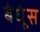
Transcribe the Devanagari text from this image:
बंधूंस